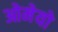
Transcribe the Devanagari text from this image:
ओमेयो